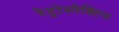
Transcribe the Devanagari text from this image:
रेट्रोस्‍पेक्टिफ